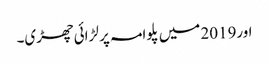
اور2019 میں پلوامہ پر لڑائی چھڑی۔